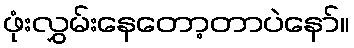
ဖုံးလွှမ်းနေတော့တာပဲနော်။